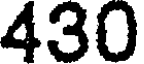
430